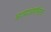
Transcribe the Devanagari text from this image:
घटमांडणीनंतर